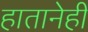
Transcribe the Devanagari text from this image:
हातानेही